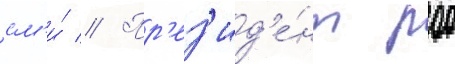
см'и́ // Пр'ез'ид'е́нт роо